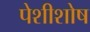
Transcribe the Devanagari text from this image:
पेशीशोष